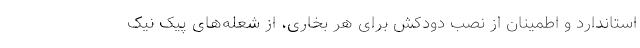
استاندارد و اطمینان از نصب دودکش برای هر بخاری، از شعله‌های پیک نیک